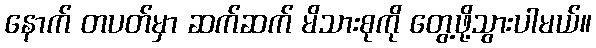
နောက် တပတ်မှာ ဆက်ဆက် မိသားစုကို တွေ့ဖို့သွားပါမယ်။